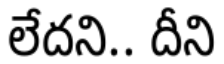
లేదని.. దీని